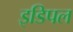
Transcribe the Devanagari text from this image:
इडिपल